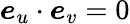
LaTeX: \boldsymbol{e}_{u}\cdot\boldsymbol{e}_{v}=0